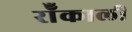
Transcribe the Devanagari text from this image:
रॉँकाली